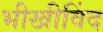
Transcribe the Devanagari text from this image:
भीखीविंद